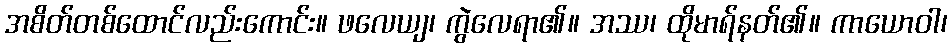
အစိတ်တစ်ထောင်လည်းကောင်း။ ဖလေယျ၊ ကွဲလေရာ၏။ အဿ၊ ထိုမာရ်နတ်၏။ ကာယောဝါ၊